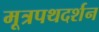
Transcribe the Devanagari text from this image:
मूत्रपथदर्शन